Annual report on the Civil Veterinary Department, Burma (including the Insein Veterinary School) - 1932-1941
Year: 1932
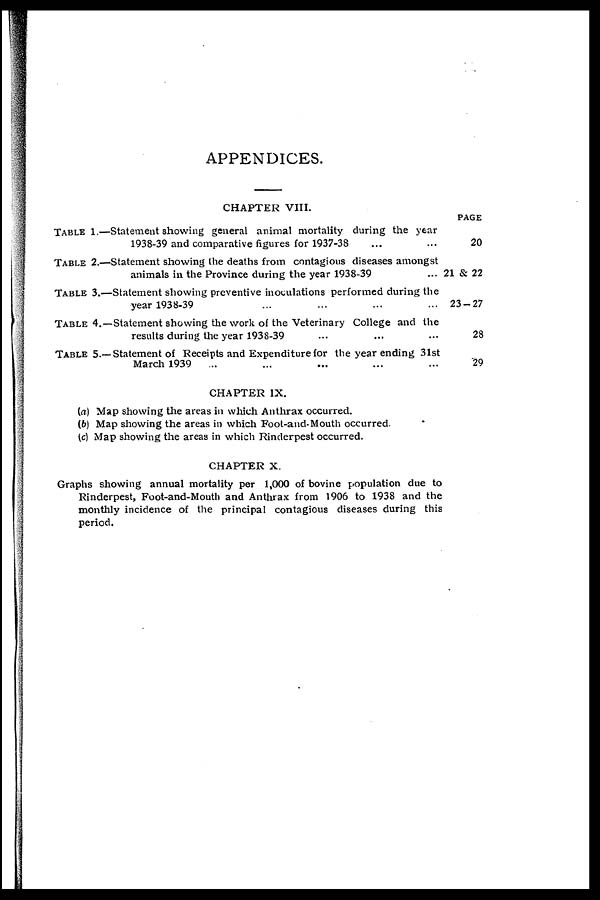
APPENDICES.
TABLE 1.—
TABLE 2.—
TABLE 3.—
TABLE 4.—
TABLE 5.—
CHAPTER VIII.
Statement showing general animal mortality during the year
1938-39 and comparative figures for 1937-38 ... ...
Statement showing the deaths from contagious diseases amongst
animals in the Province during the year 1938-39 ...
Statement showing preventive inoculations performed during the
year 1938-39 ... ... ... ...
Statement showing the work of the Veterinary College and the
results during the year 1938-39 ... ... ...
Statement of Receipts and Expenditure for the year ending 31st
March 1939 ... ... ... ... ...
PAGE
20
21 & 22
23-27
28
29
CHAPTER IX.
(a) Map showing the areas in which Anthrax occurred.
(b) Map showing the areas in which Foot-and-Mouth occurred.
(c) Map showing the areas in which Rinderpest occurred.
CHAPTER X.
Graphs showing annual mortality per 1,000 of bovine population due to
Rinderpest, Foot-and-Mouth and Anthrax from 1906 to 1938 and the
monthly incidence of the principal contagious diseases during this
period.